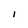
Character: 1